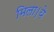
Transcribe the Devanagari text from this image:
मिला।ये